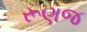
રૂણજ